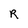
Character: R